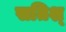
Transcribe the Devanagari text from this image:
सतिश्